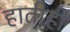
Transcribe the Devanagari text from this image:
हातीही